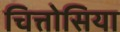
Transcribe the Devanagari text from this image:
चित्तोसिया